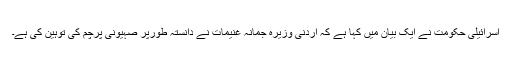
اسرائیلی حکومت نے ایک بیان میں کہا ہے کہ اردنی وزیرہ جمانہ غنیمات نے دانستہ طورپر صہیونی پرچم کی توہین کی ہے۔